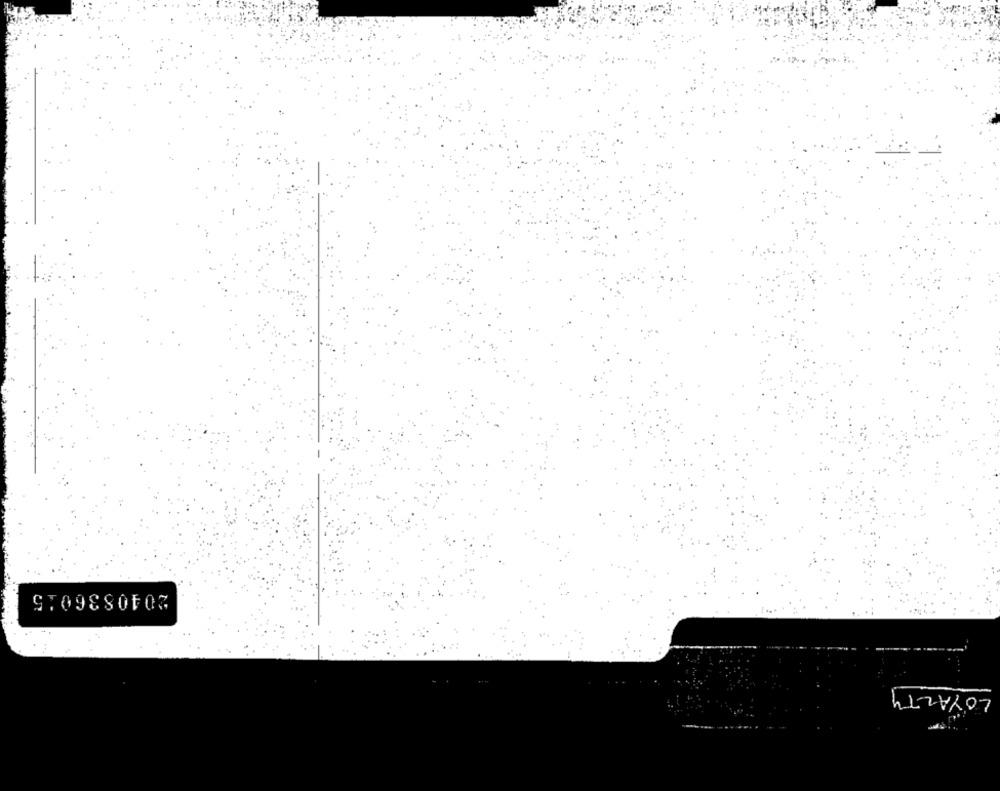
2040836015
LOYALTY